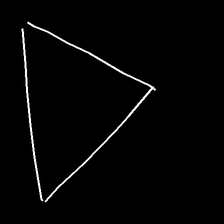
Glyph: convergence